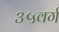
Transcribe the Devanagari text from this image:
३५वर्ग